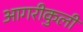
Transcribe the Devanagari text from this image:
आगरीकुली